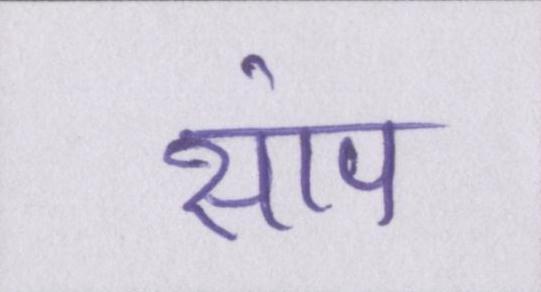
सांप